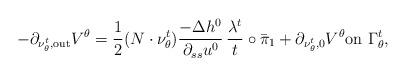
LaTeX: \begin{align*}-\partial_{\nu^t_\theta, {\rm out}} V^\theta = \frac{1}{2}(N\cdot\nu^t_\theta) \frac{-\Delta h^0}{\partial_{ss} u^0} \,\frac{\lambda^t}{t} \circ \bar \pi_1 + \partial_{\nu^t_\theta,0} V^\theta\mbox{on }\Gamma^t_\theta,\end{align*}